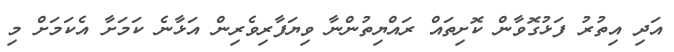
އަދި އިތުރު ފަޅުގޮވާން ކޮށިތައް ރައްޔިތުންނާ ވިޔަފާރިވެރިން އަޅާނެ ކަމަށާ އެކަމަށް މި